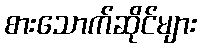
စားသောက်ဆိုင်များ